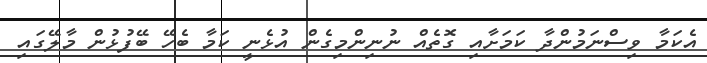
އެކަމާ ވިސްނަމުންދާ ކަމަށާއި ގޮތެއް ނުނިންމިގެން އުޅެނީ ކަމާ ބެހޭ ބޭފުޅުން މާލޭގައި